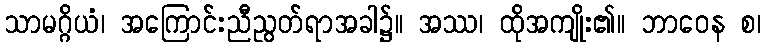
သာမဂ္ဂိယံ၊ အကြောင်းညီညွတ်ရာအခါ၌။ အဿ၊ ထိုအကျိုး၏။ ဘာဝေန စ၊